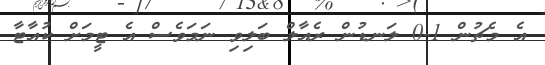
އެ މެޗުން 1-0 ލަނޑުން ރެއާލް ބަލިވި ނަމަވެސް އެ ޓީމަށް ކުއާޓާ